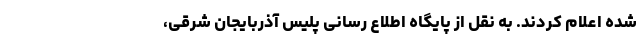
شده اعلام کردند. به نقل از پایگاه اطلاع رسانی پلیس آذربایجان شرقی،